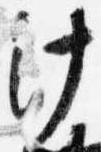
汁